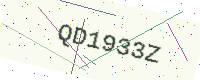
Text: QD1933Z